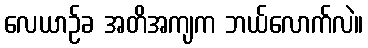
လေယာဉ်ခ အတိအကျက ဘယ်လောက်လဲ။